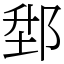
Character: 𨛘